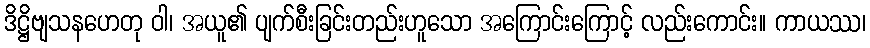
ဒိဋ္ဌိဗျသနဟေတု ဝါ၊ အယူ၏ ပျက်စီးခြင်းတည်းဟူသော အကြောင်းကြောင့် လည်းကောင်း။ ကာယဿ၊